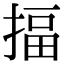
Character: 揊